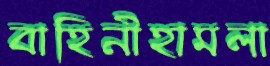
বাহিনীহামলা